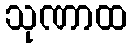
သုဏာထ